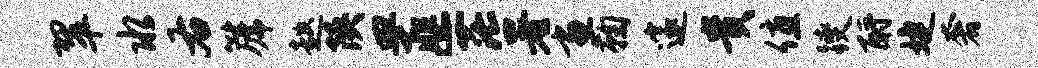
翠水右篪趑陕皿匪茫署画鞠邃贵值躞酹婕奢